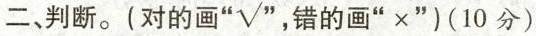
二、判断。(对的画“√” 错的画”×”)(10分)